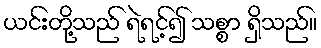
ယင်းတို့သည် ရဲရင့်၍ သစ္စာ ရှိသည်။